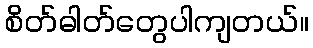
စိတ်ဓါတ်တွေပါကျတယ်။